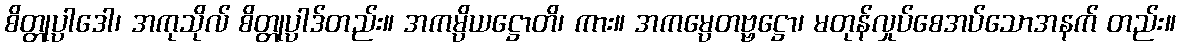
စိတ္တုပ္ပါဒေါ၊ အကုသိုလ် စိတ္တုပ္ပါဒ်တည်း။ အကမ္ပိယဋ္ဌောတိ၊ ကား။ အကမ္ပေတဗ္ဗဋ္ဌော၊ မတုန်လှုပ်စေအပ်သောအနက် တည်း။